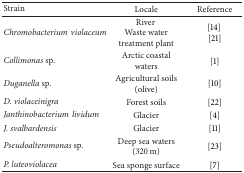
<table><thead><tr><td><b>Strain</b></td><td><b>Locale</b></td><td><b>Reference</b></td></tr></thead><tbody><tr><td><i>Chromobacteriumviolaceum </i></td><td>River Waste water treatment plant</td><td>[14] [21]</td></tr><tr><td><i>Collimonas</i> sp.</td><td>Arctic coastal waters</td><td>[1]</td></tr><tr><td><i>Duganella</i> sp.</td><td>Agricultural soils (olive)</td><td>[10]</td></tr><tr><td><i>D. violaceinigra </i></td><td>Forest soils</td><td>[22]</td></tr><tr><td><i>Janthinobacteriumlividum </i></td><td>Glacier</td><td>[4]</td></tr><tr><td><i>J. svalbardensis </i></td><td>Glacier</td><td>[11]</td></tr><tr><td><i>Pseudoalteromonas</i> sp.</td><td>Deep sea waters (320 m)</td><td>[23]</td></tr><tr><td><i>P. luteoviolacea </i></td><td>Sea sponge surface</td><td>[7]</td></tr></tbody></table>